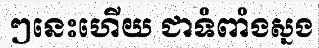
ៗនេះហើយ ជាទំពាំងស្នង